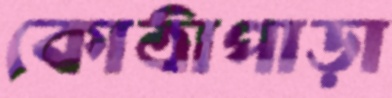
কোঠাপাড়া